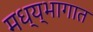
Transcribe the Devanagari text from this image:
मध्य्भागात